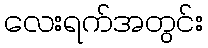
လေးရက်အတွင်း